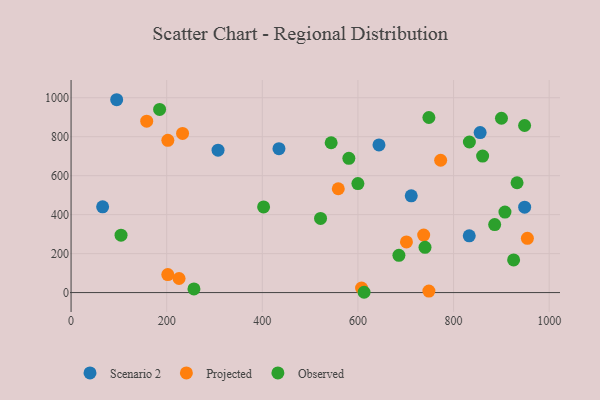
{"axis": {"x": "Price", "y": "Sales"}, "legend": ["Observed", "Projected", "Scenario 2"], "data": [{"x": "644.0", "y": 757.9, "type": "Scenario 2"}, {"x": "307.4", "y": 731.0, "type": "Scenario 2"}, {"x": "948.7", "y": 438.4, "type": "Scenario 2"}, {"x": "66.0", "y": 440.2, "type": "Scenario 2"}, {"x": "434.8", "y": 738.6, "type": "Scenario 2"}, {"x": "832.8", "y": 291.1, "type": "Scenario 2"}, {"x": "855.6", "y": 820.9, "type": "Scenario 2"}, {"x": "711.5", "y": 496.6, "type": "Scenario 2"}, {"x": "95.4", "y": 989.7, "type": "Scenario 2"}, {"x": "158.2", "y": 879.7, "type": "Projected"}, {"x": "225.9", "y": 72.2, "type": "Projected"}, {"x": "954.4", "y": 278.5, "type": "Projected"}, {"x": "233.2", "y": 816.6, "type": "Projected"}, {"x": "607.6", "y": 22.8, "type": "Projected"}, {"x": "558.9", "y": 532.8, "type": "Projected"}, {"x": "737.5", "y": 295.1, "type": "Projected"}, {"x": "701.5", "y": 259.7, "type": "Projected"}, {"x": "773.0", "y": 679.0, "type": "Projected"}, {"x": "202.3", "y": 92.2, "type": "Projected"}, {"x": "748.4", "y": 7.5, "type": "Projected"}, {"x": "202.4", "y": 781.4, "type": "Projected"}, {"x": "860.8", "y": 700.6, "type": "Observed"}, {"x": "740.3", "y": 232.4, "type": "Observed"}, {"x": "599.9", "y": 559.2, "type": "Observed"}, {"x": "748.4", "y": 898.5, "type": "Observed"}, {"x": "900.2", "y": 894.5, "type": "Observed"}, {"x": "948.6", "y": 857.3, "type": "Observed"}, {"x": "185.2", "y": 939.8, "type": "Observed"}, {"x": "544.0", "y": 769.0, "type": "Observed"}, {"x": "925.6", "y": 167.4, "type": "Observed"}, {"x": "612.9", "y": 1.5, "type": "Observed"}, {"x": "104.5", "y": 294.5, "type": "Observed"}, {"x": "257.0", "y": 18.6, "type": "Observed"}, {"x": "402.7", "y": 439.5, "type": "Observed"}, {"x": "833.1", "y": 772.8, "type": "Observed"}, {"x": "521.8", "y": 380.4, "type": "Observed"}, {"x": "685.7", "y": 190.9, "type": "Observed"}, {"x": "581.0", "y": 689.1, "type": "Observed"}, {"x": "886.0", "y": 348.8, "type": "Observed"}, {"x": "932.8", "y": 563.6, "type": "Observed"}, {"x": "907.5", "y": 412.9, "type": "Observed"}]}